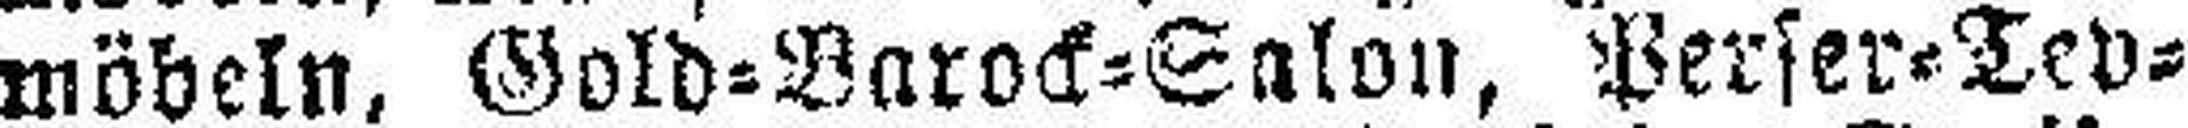
möbeln, Gold=Barock=Salon, Perser=Tev¬